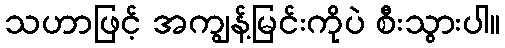
သဟာဖြင့် အကျွန့်မြင်းကိုပဲ စီးသွားပါ။